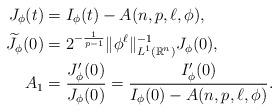
LaTeX: \begin{align*}J_\phi (t)&= I_\phi (t) - A(n,p,\ell,\phi ),\\\widetilde J_\phi (0)&= 2^{-\frac{1}{p-1}} \|\phi ^\ell\|_{L^1(\mathbb R^n)}^{-1} J_\phi(0),\\A_1&= \frac{J_\phi '(0)}{J_\phi (0)}= \frac{I_\phi '(0)}{I_\phi (0) - A(n,p,\ell,\phi )}.\end{align*}